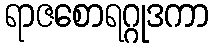
ရာဇစောရဂ္ဂုဒကာ